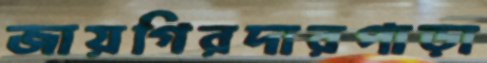
জায়গিরদারপাড়া